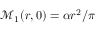
\mathcal { M } _ { 1 } ( r , 0 ) = \alpha r ^ { 2 } / \pi